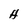
Character: H